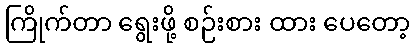
ကြိုက်တာ ရွေးဖို့ စဉ်းစား ထား ပေတော့